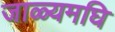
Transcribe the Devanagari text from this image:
जाळ्यमघि